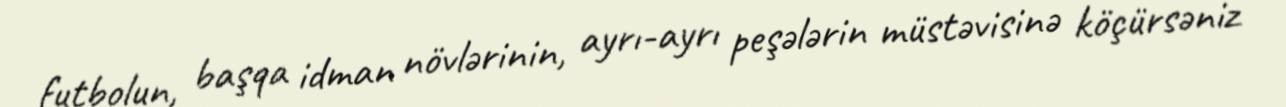
futbolun, başqa idman növlərinin, ayrı-ayrı peşələrin müstəvisinə köçürsəniz